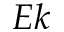
E k